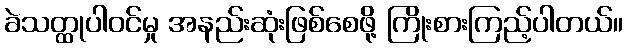
ခဲသတ္ထုပါဝင်မှု အနည်းဆုံးဖြစ်စေဖို့ ကြိုးစားကြည့်ပါတယ်။